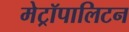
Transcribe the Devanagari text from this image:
मेट्रॉपालिटन